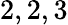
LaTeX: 2,2,3